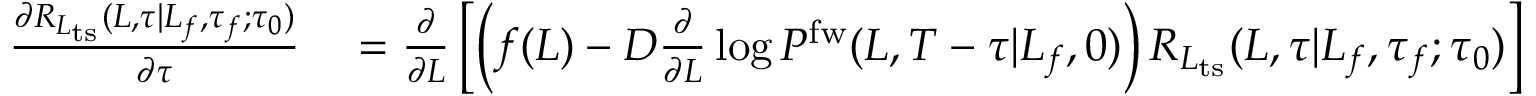
\begin{array} { r l } { \frac { \partial R _ { L _ { \mathrm { t s } } } ( L , \tau | L _ { f } , \tau _ { f } ; \tau _ { 0 } ) } { \partial \tau } } & { { } = \frac { \partial } { \partial L } \left[ \left( f ( L ) - D \frac { \partial } { \partial L } \log P ^ { \mathrm { f w } } ( L , T - \tau | L _ { f } , 0 ) \right) R _ { L _ { \mathrm { t s } } } ( L , \tau | L _ { f } , \tau _ { f } ; \tau _ { 0 } ) \right] } \end{array}